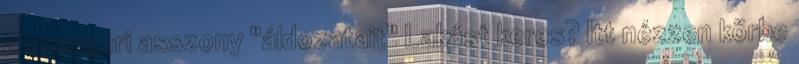
a csengeri asszony "áldozatait" Lakást keres? Itt nézzen körbe